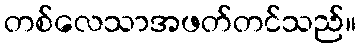
တစ်လေသာအဖတ်တင်သည်။